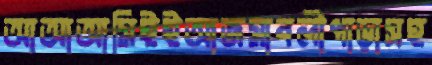
আআআমিইইআজমাবলীপাড়াসহ